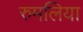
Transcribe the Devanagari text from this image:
रुमलिया